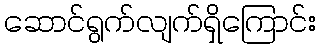
ဆောင်ရွက်လျက်ရှိကြောင်း